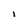
Character: i